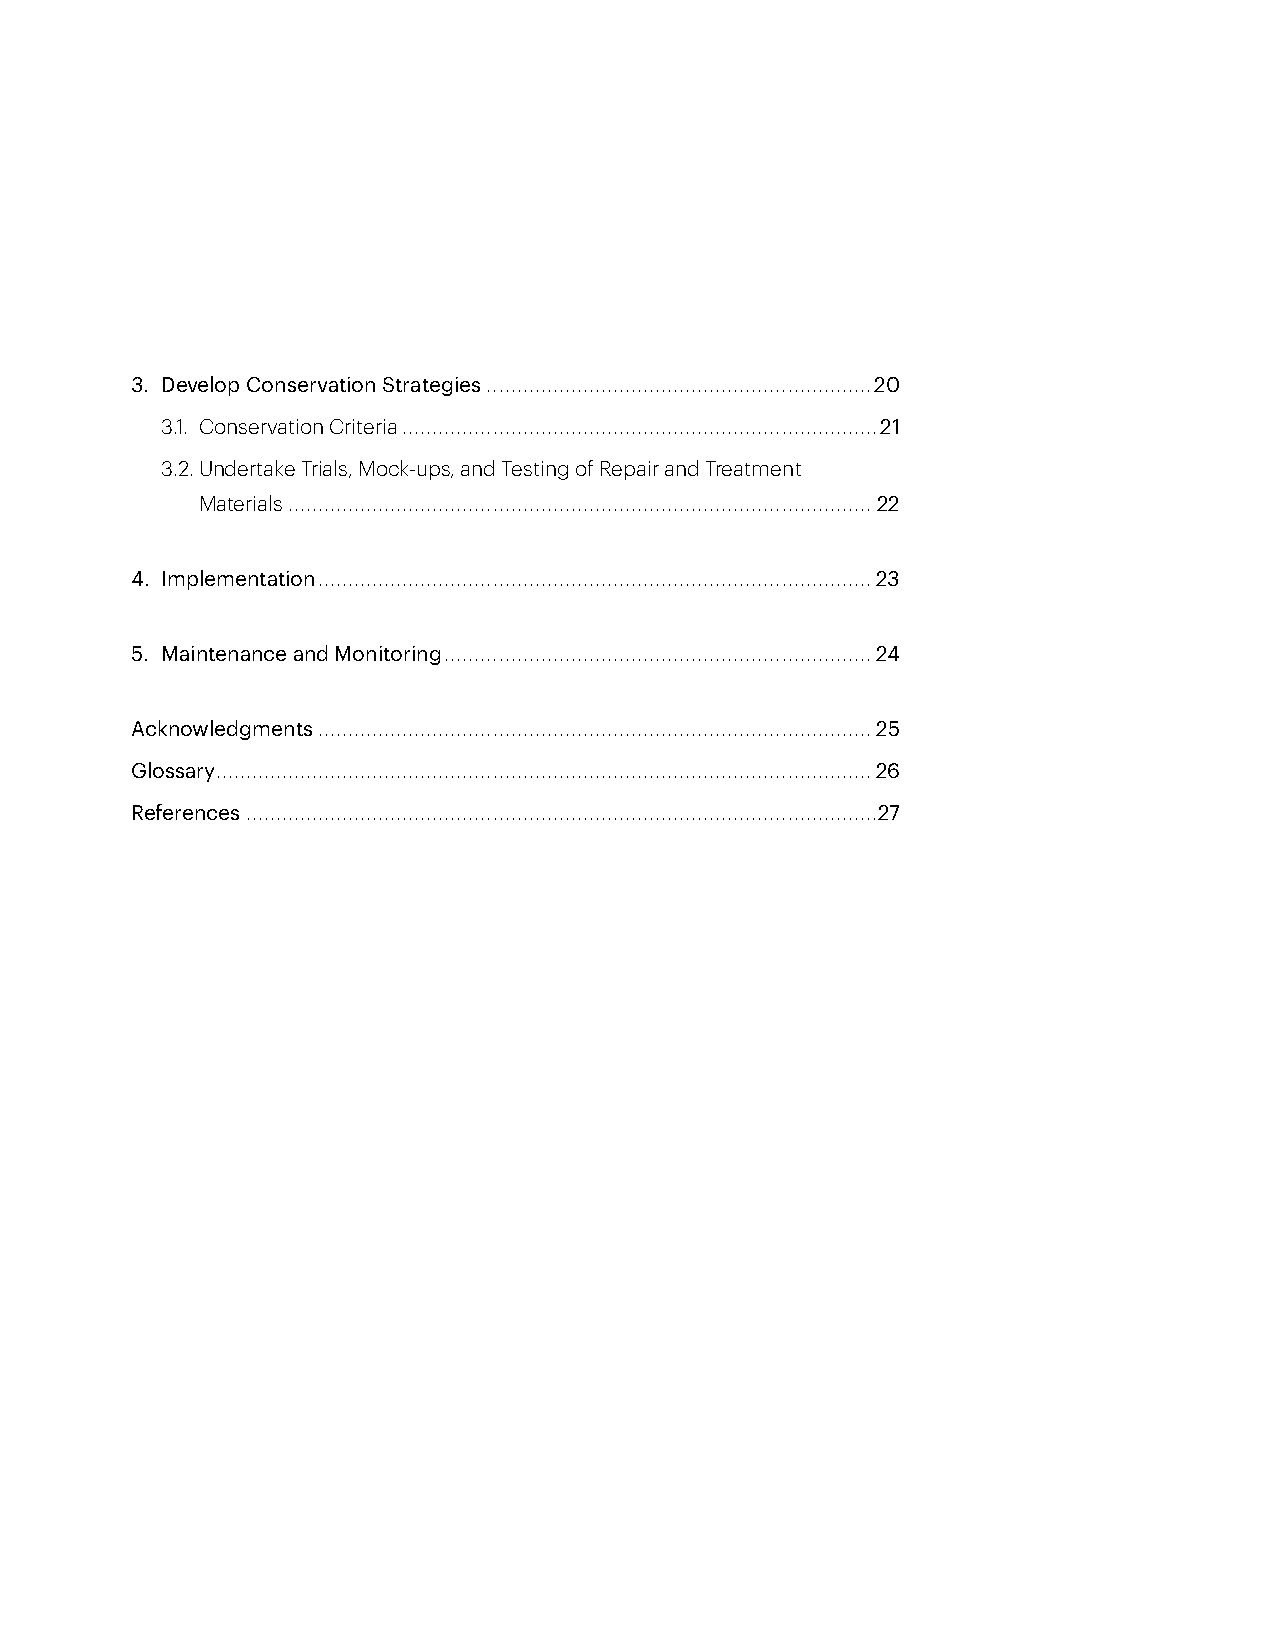
3. Develop Conservation Strategies ................................................................20
 3.1. Conservation Criteria ...............................................................................21
 3.2. Undertake Trials, Mock-ups, and Testing of Repair and Treatment
 Materials ................................................................................................. 22
 4. Implementation ............................................................................................23
 5. Maintenance and Monitoring .......................................................................24
 Acknowledgments ............................................................................................25
 Glossary .............................................................................................................26
 References .........................................................................................................27